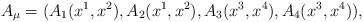
\begin{align*}A_{\mu}=(A_{1}(x^{1},x^{2}),A_{2}(x^{1},x^{2}),A_{3}(x^{3},x^{4}),A_{4}(x^{3},x^{4})),\end{align*}